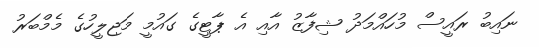
ނައިބު ރައީސް މުހައްމަދު ޝިފާޒު އާއި އެ ޕާޓީގެ ގައުމީ މަޖިލީހުގެ މެމްބަރު